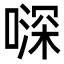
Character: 𠽉